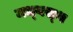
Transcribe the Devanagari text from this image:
मध्‍यस्‍थ